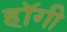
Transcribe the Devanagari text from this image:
हॉगी